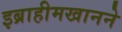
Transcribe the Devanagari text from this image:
इब्राहीमखानने